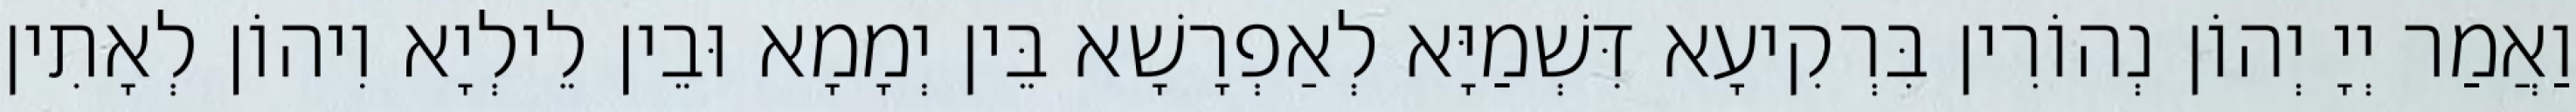
וַאֲמַר יְיָ יְהוֹן נְהוֹרִין בִּרְקִיעָא דִּשְׁמַיָּא לְאַפְרָשָׁא בֵּין יְמָמָא וּבֵין לֵילְיָא וִיהוֹן לְאָתִין